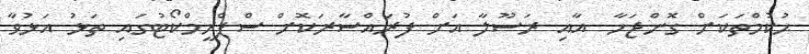
ޙުކުމްތަކަށް ގޮންޖަހާ  އާއި ރަސޫލާ އަށް ފުރައްސާރަކޮށް ސްޕްރީމްކޯޓުގައި ތަޅު އަޅުވާ